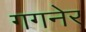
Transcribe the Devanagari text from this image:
गगनेर